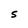
Character: S